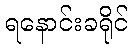
ရနောင်းခရိုင်